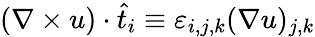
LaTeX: (\nabla\times u)\cdot\widehat{t}_{i}\equiv\varepsilon_{i,j,k}(\nabla u)_{j,k}